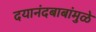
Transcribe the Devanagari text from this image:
दयानंदबाबांमुळे